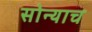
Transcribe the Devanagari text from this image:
सोन्याच